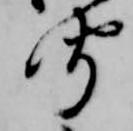
聞